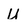
Character: u